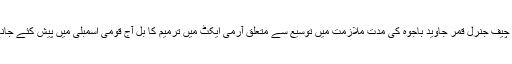
اسلام آباد : آرمی چیف جنرل قمر جاوید باجوہ کی مدت ملازمت میں توسیع سے متعلق آرمی ایکٹ میں ترمیم کا بل آج قومی اسمبلی میں پیش کئے جانے کا امکان ہے۔